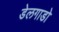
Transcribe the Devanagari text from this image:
डेलगाडो